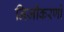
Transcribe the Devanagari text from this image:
निजीकरणों